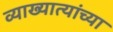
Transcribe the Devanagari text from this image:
व्याख्यात्यांच्या